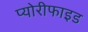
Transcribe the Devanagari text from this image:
प्योरीफाइड